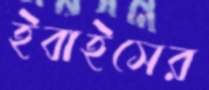
ইবাইসের